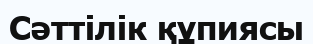
Сәттілік құпиясы